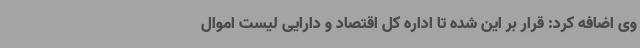
وی اضافه کرد: قرار بر این شده تا اداره کل اقتصاد و دارایی لیست اموال